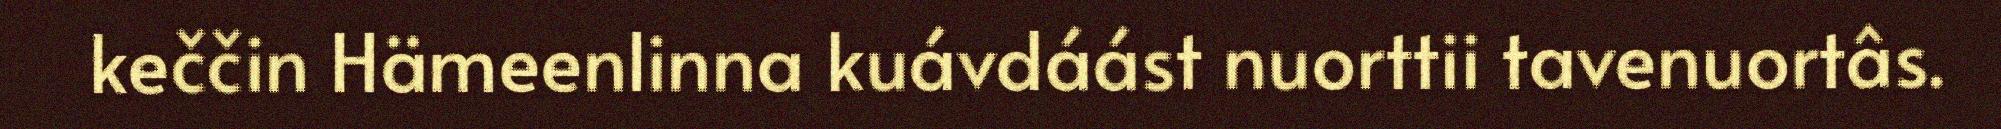
keččin Hämeenlinna kuávdáást nuorttii tavenuortâs.